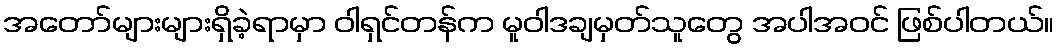
အတော်များများရှိခဲ့ရာမှာ ဝါရှင်တန်က မူဝါဒချမှတ်သူတွေ အပါအဝင် ဖြစ်ပါတယ်။